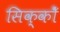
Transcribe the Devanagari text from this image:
सिक्कोँ